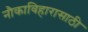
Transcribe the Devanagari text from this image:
नौकाविहारासाठी